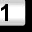
Digit: 1